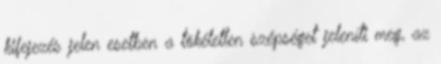
kifejezés jelen esetben a tökéletlen szépséget jeleníti meg, az